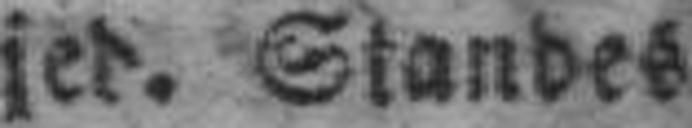
jed. Standes